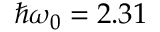
\hbar \omega _ { 0 } = 2 . 3 1